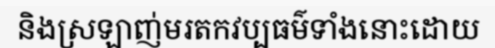
និងស្រឡាញ់មរតកវប្បធម៌ទាំងនោះដោយ